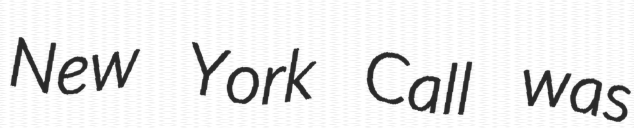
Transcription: New York Call was